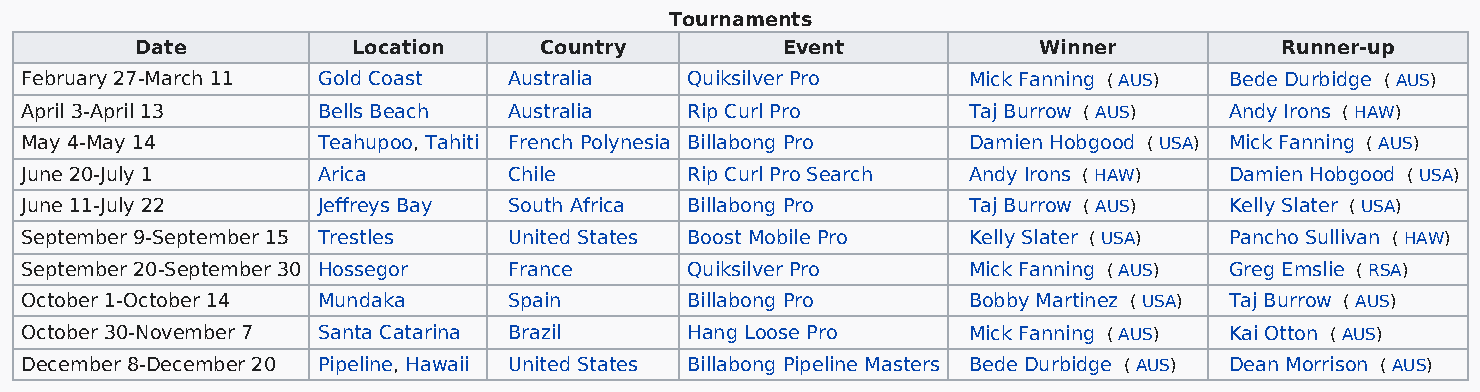
Tournaments
 Date          Location     Country         Event            Winner          Runner-up
 February 27-March 11 Gold Coast  Australia  Quiksilver Pro     Mick Fanning ( AUS) Bede Durbidge ( AUS)
 April 3-April 13    Bells Beach  Australia  Rip Curl Pro       Taj Burrow ( AUS) Andy Irons ( HAW)
 May 4-May 14        Teahupoo, Tahiti French Polynesia Billabong Pro Damien Hobgood ( USA) Mick Fanning ( AUS)
 June 20-July 1      Arica        Chile      Rip Curl Pro Search Andy Irons ( HAW) Damien Hobgood ( USA)
 June 11-July 22     Jeffreys Bay South Africa Billabong Pro    Taj Burrow ( AUS) Kelly Slater ( USA)
 September 9-September 15 Trestles United States Boost Mobile Pro Kelly Slater ( USA) Pancho Sullivan ( HAW)
 September 20-September 30 Hossegor France   Quiksilver Pro     Mick Fanning ( AUS) Greg Emslie ( RSA)
 October 1-October 14 Mundaka     Spain      Billabong Pro      Bobby Martinez ( USA) Taj Burrow ( AUS)
 October 30-November 7 Santa Catarina Brazil Hang Loose Pro     Mick Fanning ( AUS) Kai Otton ( AUS)
 December 8-December 20 Pipeline, Hawaii United States Billabong Pipeline Masters Bede Durbidge ( AUS) Dean Morrison ( AUS)